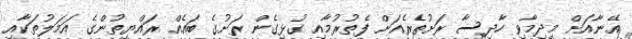
އޭނާއަށް މިދިމާވި ހާދިސާ ރަށުތެރެއަށް ފެތުރުމާއި ގުޅިގެން ރަށުގެ ބައެއް ރައްޔިތުންގެ އަމަލުތަކާއި